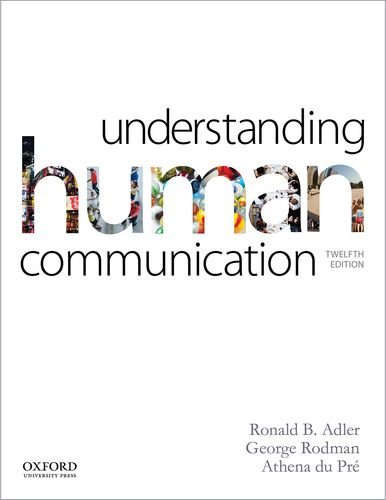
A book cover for Understanding Human Communication; Ronald B. Adler; Politics & Social Sciences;